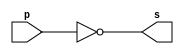
 // -------------------------------
// Guia 02_03 - NOT
// Nome: Ludmily Caldeira da Silva
// --------------------------------

// -------------------------------
// -- NOT gate feita de NANDs
// -------------------------------

module notgate (s, p);

output s;
input p;

assign s = ~(p & p);

endmodule // notgate

// ---------------------
// -- test NOT gate
// ---------------------

module testnotgate;

reg a;
wire s;

// instancia

notgate NOT1 (s, a);

// parte principal

initial begin
      $display("\nguia02_03 - Ludmily Caldeira da Silva - 417290\n");
      $display("Test NOT gate feita de NAND");
      $display("\n~(a) = s\n");
		$monitor ("~(%b) = %b", a, s);
        a=0; 
    #1  a=1; 
      	
end

endmodule // testnotgate

/*
    
    guia02_03 - Ludmily Caldeira da Silva - 417290
    
    Test NOT gate feita de NAND
    
    ~(a) = s
    
    ~(0) = 1
    ~(1) = 0


*/